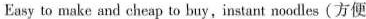
Easy to make and cheap to buy,instant noodles(方便